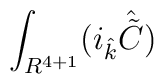
\int_{R^{4+1}}(i_{\hat k}{\hat {\tilde C}})